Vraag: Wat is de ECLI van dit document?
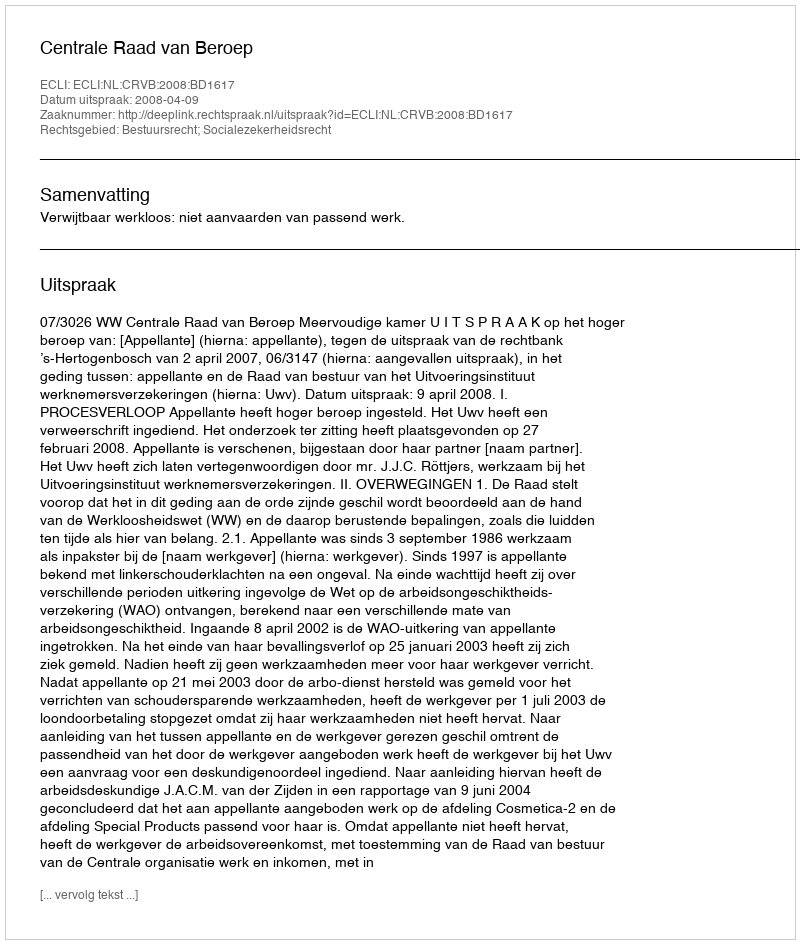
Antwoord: ECLI:NL:CRVB:2008:BD1617